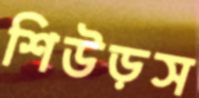
শিউড়স